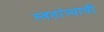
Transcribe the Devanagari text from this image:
स्वतांत्र्याची